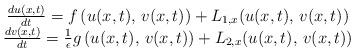
LaTeX: \begin{align*}\begin{array}{c}\frac{du(x,t)}{dt}=f\left(u(x,t),\,v(x,t)\right)+L_{1,x}(u(x,t),\,v(x,t))\\\frac{dv(x,t)}{dt}=\frac{1}{\epsilon}g\left(u(x,t),\,v(x,t)\right)+L_{2,x}(u(x,t),\,v(x,t))\end{array}\end{align*}